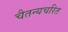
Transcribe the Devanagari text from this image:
चैतन्यचरित